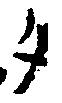
タ